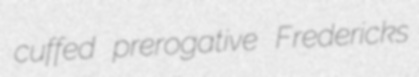
cuffed prerogative Fredericks